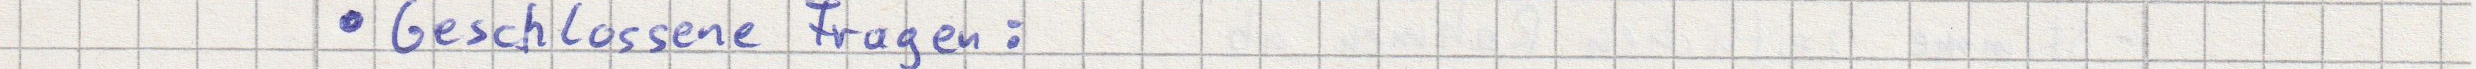
Geschlossene Fragen: